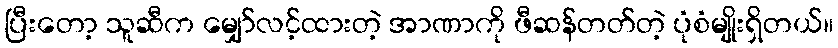
ပြီးတော့ သူဆီက မျှော်လင့်ထားတဲ့ အာဏာကို ဖီဆန်တတ်တဲ့ ပုံစံမျိုးရှိတယ်။